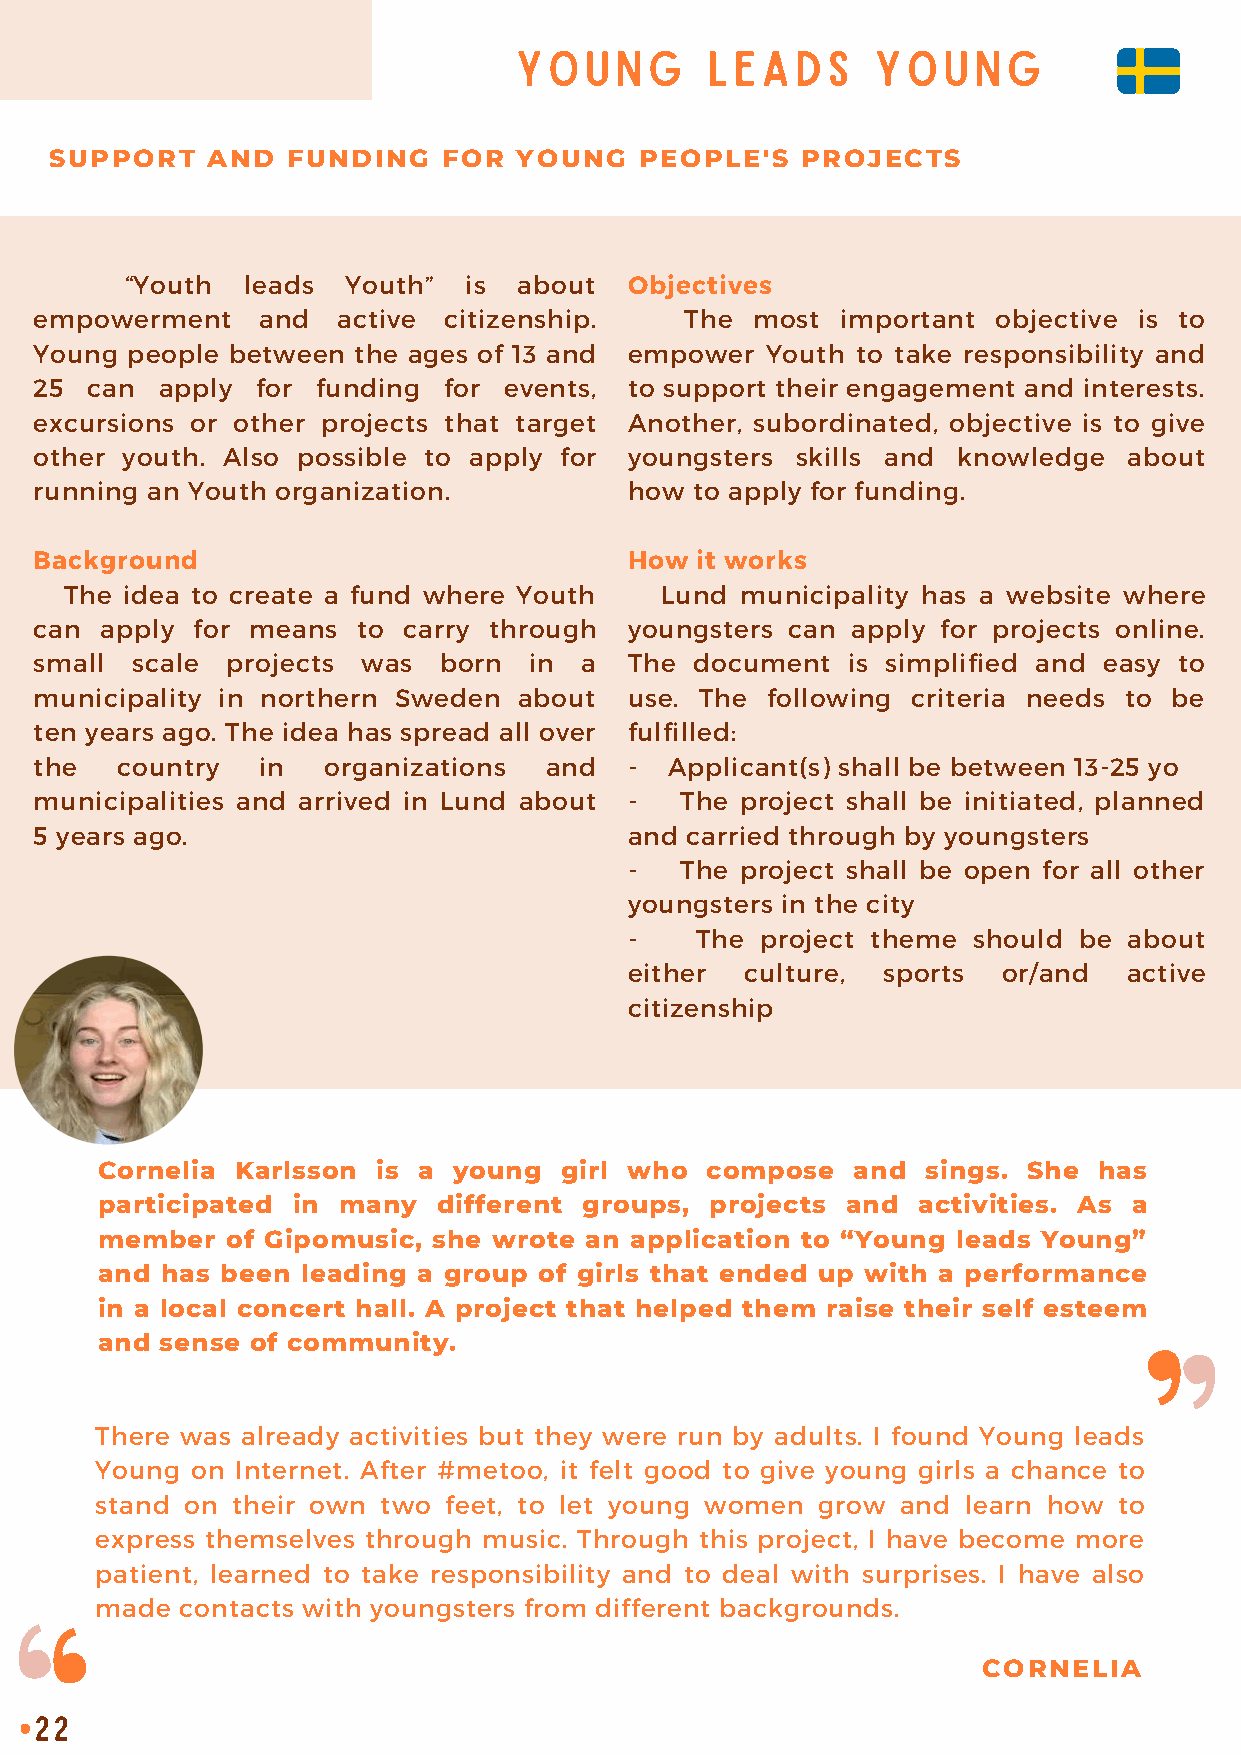
YOUNG        LEADS      YOUNG
 SUPPORT    AND  FUNDING   FOR  YOUNG   PEOPLE'S   PROJECTS
 “Youth  leads  Youth”  is about   Objectives
 empowerment    and  active citizenship.    The  most  important objective is to
 Young people between the ages of 13 and empower  Youth to take responsibility and
 25  can apply  for funding for events,  to support their engagement and interests.
 excursions or other projects that target Another, subordinated, objective is to give
 other youth. Also possible to apply for youngsters skills and knowledge  about
 running an Youth organization.          how to apply for funding.
 Background                              How it works
 The idea to create a fund where Youth   Lund municipality has a website where
 can  apply for means  to carry through  youngsters can apply for projects online.
 small  scale projects was  born  in a   The document  is simplified and easy to
 municipality in northern Sweden about   use. The following criteria needs to be
 ten years ago. The idea has spread all over fulfilled:
 the   country  in  organizations  and   - Applicant(s) shall be between 13-25 yo
 municipalities and arrived in Lund about - The project shall be initiated, planned
 5 years ago.                            and carried through by youngsters
 -  The project shall be open for all other
 youngsters in the city
 -   The project theme should be  about
 either culture, sports  or/and   active
 citizenship
 Cornelia  Karlsson is a young  girl who  compose  and  sings. She  has
 participated in many   different groups, projects and  activities. As a
 member   of Gipomusic, she wrote an application to “Young leads Young”
 and  has been leading a group of girls that ended up with a performance
 in a local concert hall. A project that helped them raise their self esteem
 and  sense of community.
 There was already activities but they were run by adults. I found Young leads
 Young  on Internet. After #metoo, it felt good to give young girls a chance to
 stand on their own two feet, to let young women grow  and learn how to
 express themselves through music. Through this project, I have become more
 patient, learned to take responsibility and to deal with surprises. I have also
 made  contacts with youngsters from different backgrounds.
 CORNELIA
 22
 •